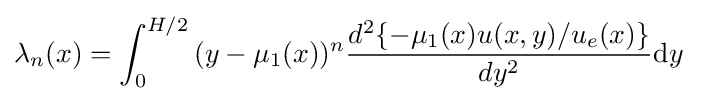
{\lambda _{n}(x)}=\int _{0}^{H/2}{(y-{\mu _{1}(x)})^{n}{d^{2}\{-\mu _{1}(x)u(x,y)/u_{e}(x)\} \over dy^{2}}\mathrm {d} y}\quad